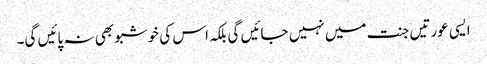
ایسی عورتیں جنت میں نہیں جائیں گی بلکہ اس کی خوشبو بھی نہ پائیں گی۔